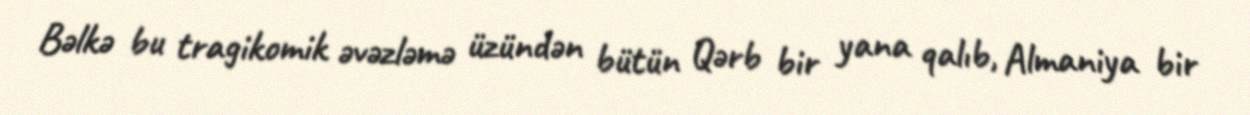
Bəlkə bu tragikomik əvəzləmə üzündən bütün Qərb bir yana qalıb, Almaniya bir